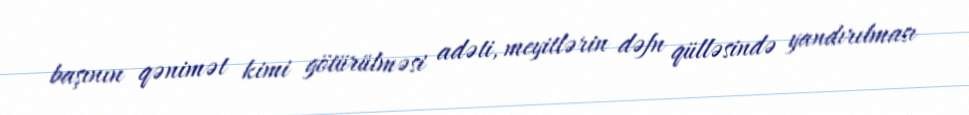
başının qənimət kimi götürülməsi adəti, meyitlərin dəfn qülləsində yandırılması